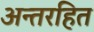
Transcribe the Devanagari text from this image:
अन्तरहित